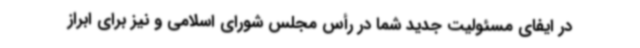
در ایفای مسئولیت جدید شما در رأس مجلس شورای اسلامی و نیز برای ابراز